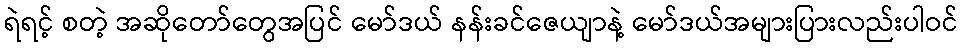
ရဲရင့် စတဲ့ အဆိုတော်တွေအပြင် မော်ဒယ် နန်းခင်ဇေယျာနဲ့ မော်ဒယ်အများပြားလည်းပါဝင်